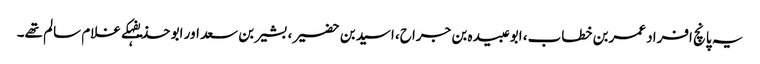
یہ پانچ افراد عمربن خطاب، ابوعبیدہ بن جراح، اسیدبن حضیر، بشیربن سعد اور ابو حذیفہکے غلام سالم تھے۔